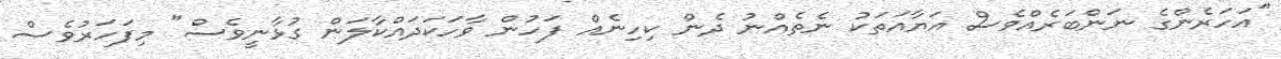
"އަހަރެންގެ ނަންބަރެއްވެސް އަޔާއަތަކު ނެތެއްނު ދެން ކިހިނެއް ފަހުން ވާހަކަދައްކާލަން ގުޅާނީވެސް" މިފަހަރުވެސް